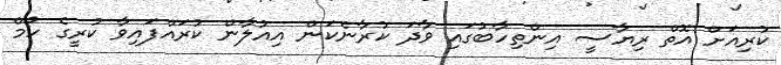
ކުރިއަށް އޮތް ރިޔާސީ އިންތިހާބުގައި ވާދަ ކުރާނެކަން އިއުލާން ކުރައްފައިވާ ކުރީގެ ހޯމް